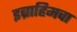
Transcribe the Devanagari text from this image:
इब्राहिमचा